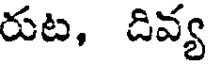
రుట, దివ్య